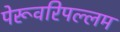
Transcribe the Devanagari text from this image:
पेरूवरिपल्लम